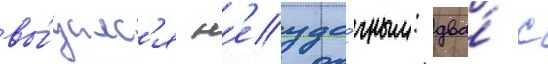
вы́далс'я н'еуда́чным: два́ с